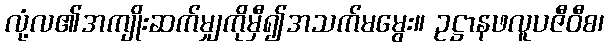
လုံ့လ၏အကျိုးဆက်မျှကိုမှီ၍အသက်မမွေး။ ဥဋ္ဌာနဖလူပဇီဝီစ၊